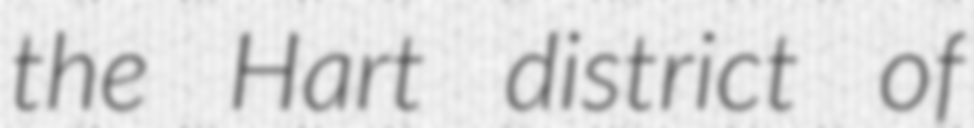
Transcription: the Hart district of